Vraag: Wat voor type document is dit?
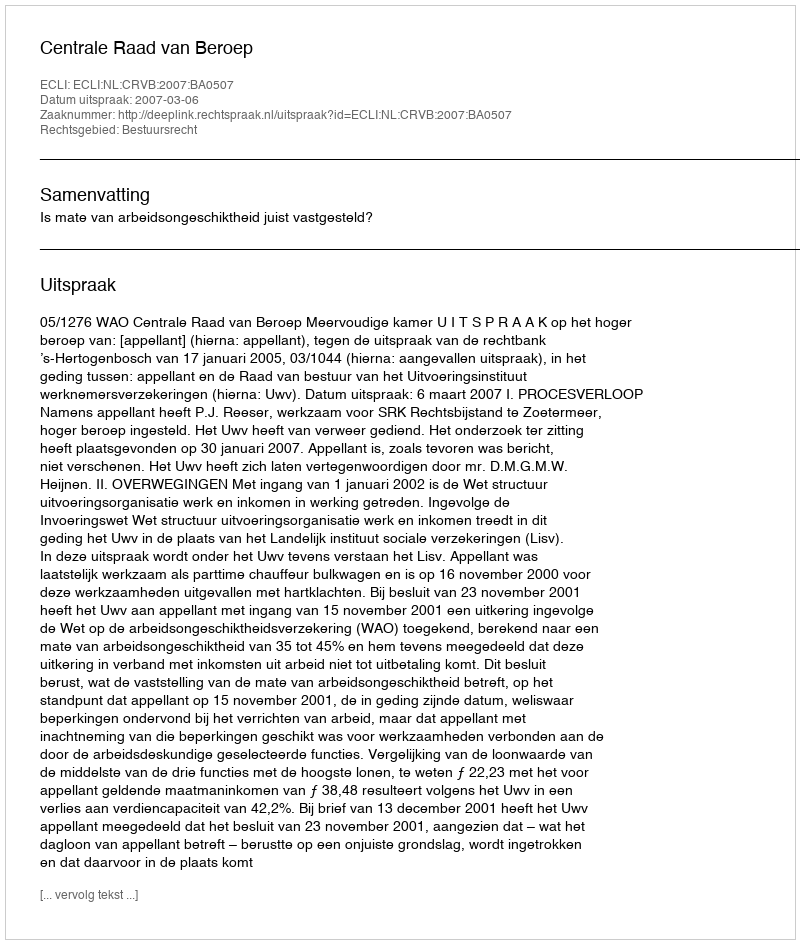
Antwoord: Uitspraak